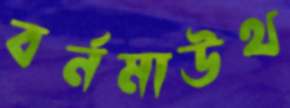
বর্নমাউথ